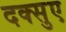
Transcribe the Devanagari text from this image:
दक्सुए